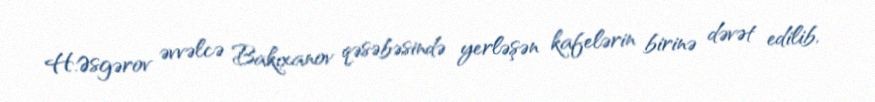
H.Əsgərov əvvəlcə Bakıxanov qəsəbəsində yerləşən kafelərin birinə dəvət edilib,